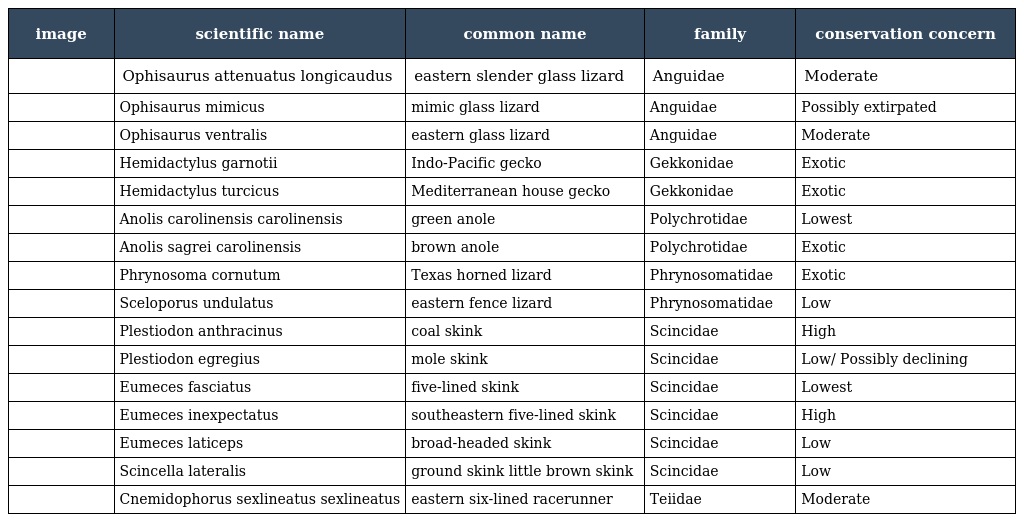
| image | scientific name | common name | family | conservation concern |
 | --- | --- | --- | --- | --- |
 |  | Ophisaurus attenuatus longicaudus | eastern slender glass lizard | Anguidae | Moderate |
 |  | Ophisaurus mimicus | mimic glass lizard | Anguidae | Possibly extirpated |
 |  | Ophisaurus ventralis | eastern glass lizard | Anguidae | Moderate |
 |  | Hemidactylus garnotii | Indo-Pacific gecko | Gekkonidae | Exotic |
 |  | Hemidactylus turcicus | Mediterranean house gecko | Gekkonidae | Exotic |
 |  | Anolis carolinensis carolinensis | green anole | Polychrotidae | Lowest |
 |  | Anolis sagrei carolinensis | brown anole | Polychrotidae | Exotic |
 |  | Phrynosoma cornutum | Texas horned lizard | Phrynosomatidae | Exotic |
 |  | Sceloporus undulatus | eastern fence lizard | Phrynosomatidae | Low |
 |  | Plestiodon anthracinus | coal skink | Scincidae | High |
 |  | Plestiodon egregius | mole skink | Scincidae | Low/ Possibly declining |
 |  | Eumeces fasciatus | five-lined skink | Scincidae | Lowest |
 |  | Eumeces inexpectatus | southeastern five-lined skink | Scincidae | High |
 |  | Eumeces laticeps | broad-headed skink | Scincidae | Low |
 |  | Scincella lateralis | ground skink little brown skink | Scincidae | Low |
 |  | Cnemidophorus sexlineatus sexlineatus | eastern six-lined racerunner | Teiidae | Moderate |